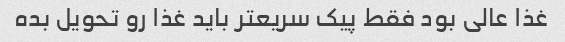
غذا عالی بود فقط پیک سریعتر باید غذا رو تحویل بده